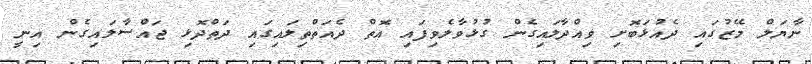
ނާޔަލް މޭޒުގައި ދެއުޅަބޮށި ވިއްދާލައިގެން ގުޅުވާލެވިފައި އޮތް ދެއަތްތިލައިގައި ދަތްދޮޅި ޖައްސާލައިގެން އިނީ